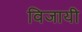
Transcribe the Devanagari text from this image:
विजायी